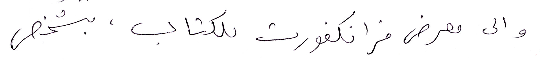
والى معرض فرنكفورت للكتاب، بشخص